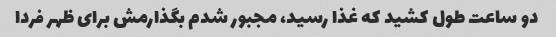
دو ساعت طول کشید که غذا رسید، مجبور شدم بگذارمش برای ظهر فردا